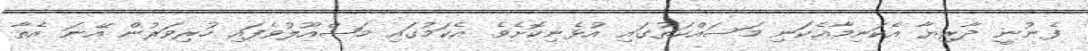
ފެނުނީ ދާރިޔާ އެކަނިމާއެކަނި މަސައްކަތުގައި އުޅެނިކޮށެވެ. އެކަމުގައި މަޝްއޫލުވެފައި ހުރިވަރުން އޭނަ އެތާ